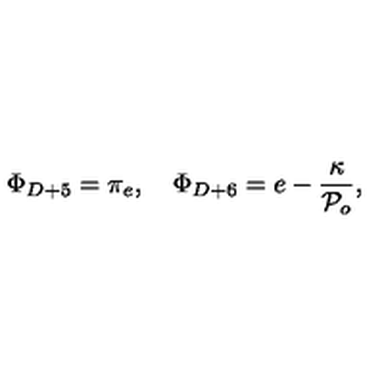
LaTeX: \Phi _ { D + 5 } = \pi _ { e } , \quad \Phi _ { D + 6 } = e - \frac { \kappa } { { \cal P } _ { o } } ,